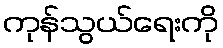
ကုန်သွယ်ရေးကို